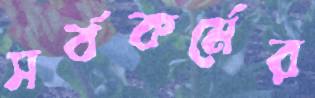
সর্বকর্মের